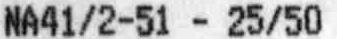
NA41/2-51 - 25/50